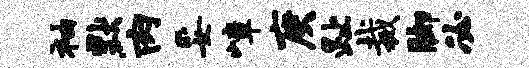
袖默肉妥嶂庚趾裁脚必